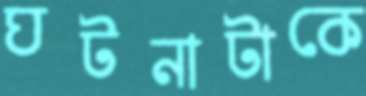
ঘটনাটাকে